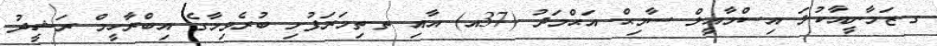
ގ.ޒަމާނީއާކުލަ އިސްމާޢީލް ސާމިޙް އަޙްމަދު (37އ) އާއި ތ.ތިމަރަފުށި ބުރެވިމާގެ އިބްރާހީމް ރަޝީދު